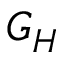
G _ { H }